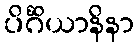
ပိင်္ဂိယာနိနာ